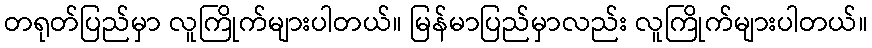
တရုတ်ပြည်မှာ လူကြိုက်များပါတယ်။ မြန်မာပြည်မှာလည်း လူကြိုက်များပါတယ်။